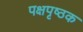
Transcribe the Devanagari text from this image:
पक्षपृष्ठक